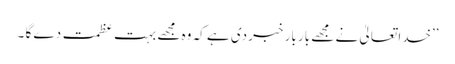
’’خدا تعالیٰ نے مجھے بار بار خبر دی ہے کہ وہ مجھے بہت عظمت دے گا ۔